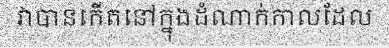
វាបានកើតនៅក្នុងដំណាក់កាលដែល